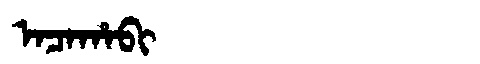
Manchu: ᠠᠴᠠᡥᠠᠪᡳ
Romanization: ACAHABI